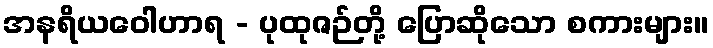
အနရိယဝေါဟာရ - ပုထုဇဉ်တို့ ပြောဆိုသော စကားများ။